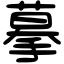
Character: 摹